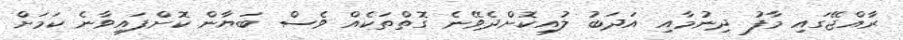
ރާއްޖޭގައި މާފު ދިނުމާއި އަދަބު ލުއިކޮށްދެވޭނެ ގޮތްތަކެއް ވެސް ބަޔާން ކޮށްފައިވާނެ ކަމަށް